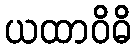
ယထာဝိဓိ